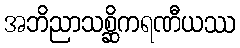
အဘိညာသစ္ဆိကရဏီယဿ